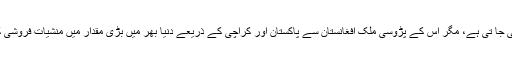
پاکستان میں افیون پیدا نہیں کی جا تی ہے، مگر اس کے پڑوسی ملک افغانستان سے پاکستان اور کراچی کے ذریعے دنیا بھر میں بڑی مقدار میں منشیات فروشی کا ناجائز کاروبار جاری ہے۔